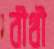
বীথী